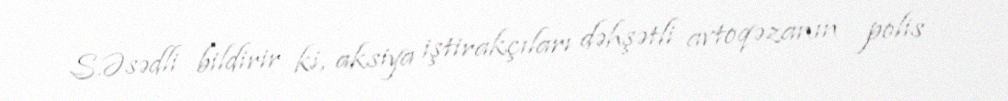
S.Əsədli bildirir ki, aksiya iştirakçıları dəhşətli avtoqəzanın polis